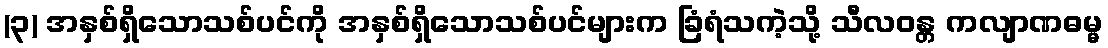
(၃) အနှစ်ရှိသောသစ်ပင်ကို အနှစ်ရှိသောသစ်ပင်များက ခြံရံသကဲ့သို့ သီလဝန္တ ကလျာဏဓမ္မ